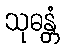
သုဓန္တံ